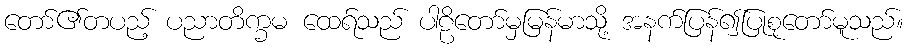
တော်၏တပည့် ပညာတိက္ခမ ထေရ်သည် ပါဠိတော်မှမြန်မာသို့ အနက်ပြန်၍ပြုစုတော်မူသည်။